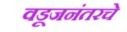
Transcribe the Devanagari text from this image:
वडूजनंतरचे